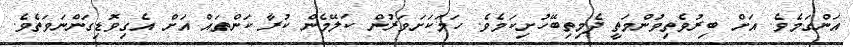
އަންގަމެވެ. އަށް ބިރުވެތިވުންމަތީ ދެމިތިބޭހުށިކަމެވެ. ހަމަކަށަވަރުން ކަލޭމެން ކުރާ ކަންތައް އަށް އެގިވޮޑިގަންނަވަތެވެ.